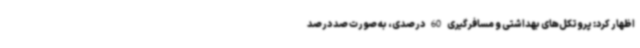
اظهار کرد: پروتکل‌های بهداشتی و مسافرگیری 60 درصدی، به صورت صد درصد